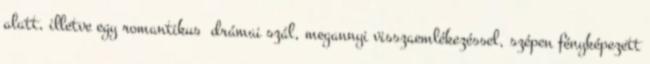
alatt, illetve egy romantikus drámai szál, megannyi visszaemlékezéssel, szépen fényképezett